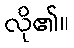
လို၏။